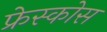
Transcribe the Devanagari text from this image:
फ्रेस्कोस